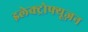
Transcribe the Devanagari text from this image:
इलेक्ट्रोफ्यूज़न